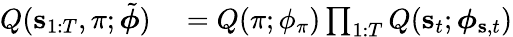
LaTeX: \begin{array}{rl}{Q(\mathbf{s}_{1:T},\pi;\tilde{\boldsymbol{\phi}})}&{{}=Q(\pi;\phi_{\pi})\prod_{1:T}Q(\mathbf{s}_{t};\boldsymbol{\phi}_{\mathbf{s},t})}\end{array}